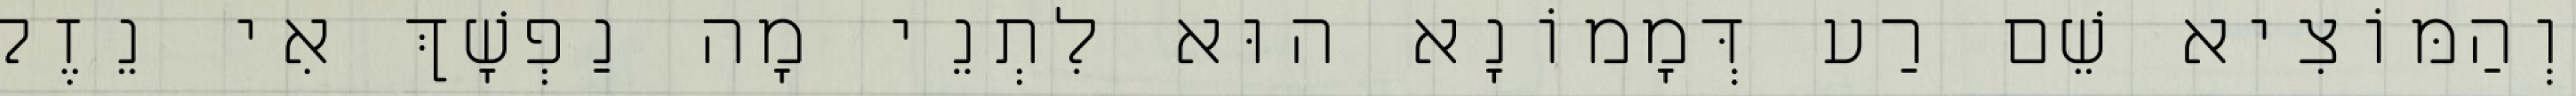
וְהַמּוֹצִיא שֵׁם רַע דְּמָמוֹנָא הוּא לִתְנֵי מָה נַפְשָׁךְ אִי נֵזֶק